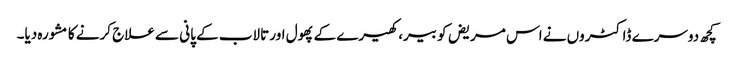
کچھ دوسرے ڈاکٹروں‌ نے اس مریض کو بیر، کھیرے کے پھول اور تالاب کے پانی سے علاج کرنے کا مشورہ دیا۔